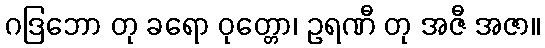
ဂဒြဘော တု ခရော ဝုတ္တော၊ ဥရဏီ တု အဇီ အဇာ။